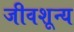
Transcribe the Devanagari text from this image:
जीवशून्य